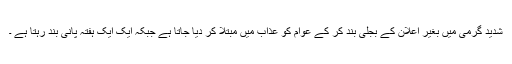
شدید گرمی میں بغیر اعلان کے بجلی بند کر کے عوام کو عذاب میں مبتلا کر دیا جاتا ہے جبکہ ایک ایک ہفتہ پانی بند رہتا ہے ۔